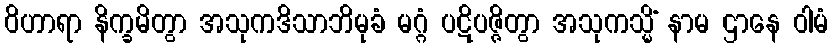
ဝိဟာရာ နိက္ခမိတွာ အသုကဒိသာဘိမုခံ မဂ္ဂံ ပဋိပဇ္ဇိတွာ အသုကသ္မိံ နာမ ဌာနေ ဝါမံ